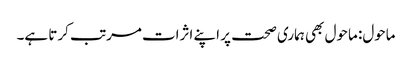
ماحول: ماحول بھی ہماری صحت پر اپنے اثرات مرتب کرتا ہے۔